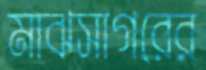
মাঝসাগরের